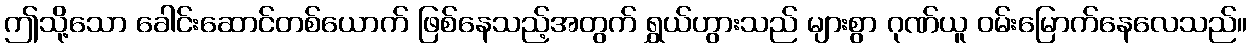
ဤသို့သော ခေါင်းဆောင်တစ်ယောက် ဖြစ်နေသည့်အတွက် ရွှယ်ဟွားသည် များစွာ ဂုဏ်ယူ ဝမ်းမြောက်နေလေသည်။